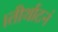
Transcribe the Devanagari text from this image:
।तीर्थाटनं